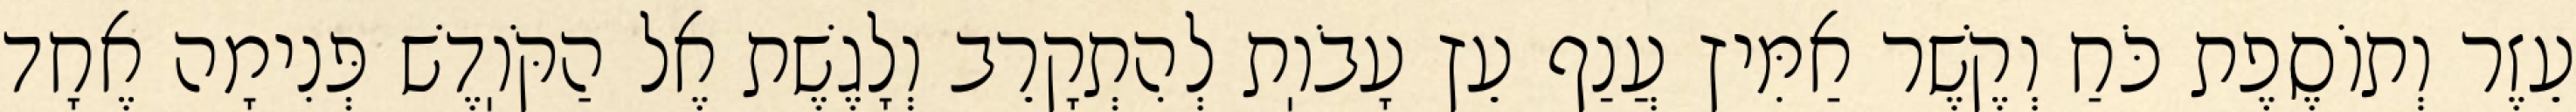
עֵזֶר וְתוֹסֶפֶת כֹּחַ וְקֶשֶׁר אַמִּיץ עֲנַף עֵץ עָבֹוֽת לְהִתְקָרֵב וְלָגֶשֶׁת אֶל הַקֹּוֽדֶשׁ פְּנִימָה אֶחָד